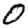
Digit: 0